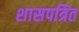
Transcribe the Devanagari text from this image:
शासपत्रित